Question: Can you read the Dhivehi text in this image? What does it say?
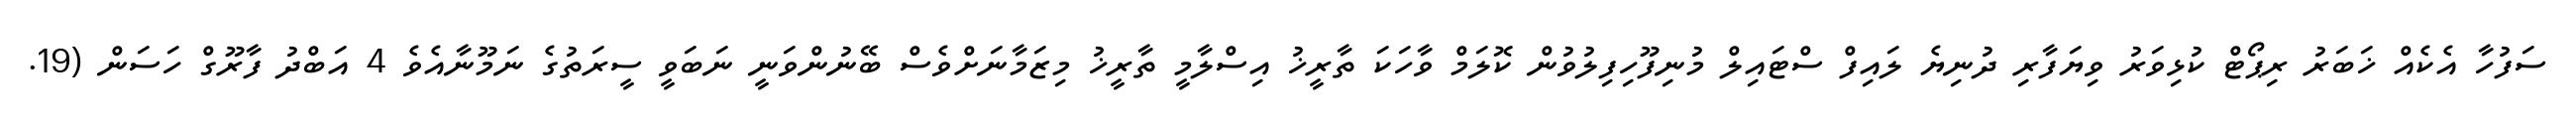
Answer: ސަފުހާ އެކެއް ޚަބަރު ރިޕޯޓް ކުޅިވަރު ވިޔަފާރި ދުނިޔެ ލައިފް ސްޓައިލް މުނިފޫހިފިލުވުން ކޮލަމް ވާހަކަ ތާރީޚު އިސްލާމީ ތާރީޚު މިޒަމާނަށްވެސް ބޭނުންވަނީ ނަބަވީ ސީރަތުގެ ނަމޫނާއެވެ 4 އަބްދު ފާރޫގް ހަސަން (19.